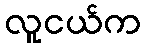
လူငယ်က